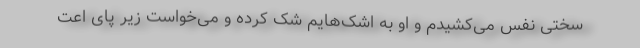
سختی نفس می‌کشیدم و او به اشک‌هایم شک کرده و می‌خواست زیر پای اعت